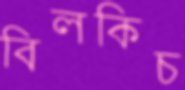
বিলকিচ